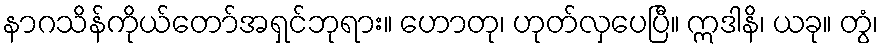
နာဂသိန်ကိုယ်တော်အရှင်ဘုရား။ ဟောတု၊ ဟုတ်လှပေပြီ။ ဣဒါနိ၊ ယခု။ တွံ၊